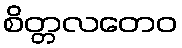
စိတ္တလတေဝ